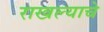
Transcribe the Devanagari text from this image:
राखल्याचे